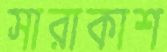
সারাকাশ